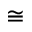
\cong